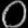
Digit: ၀